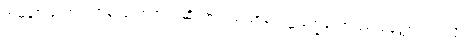
အမှန်ကတော့ ရဟန်းပြုလာတယ်ဆိုတာ “သံသာရ ဝဋ္ဋ ဒုက္ခတော မောစနတ္ထာယ” လို့